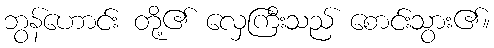
ဘွန်ဟောင်း တို့၏ လှေကြီးသည် စောင်းသွား၏။